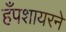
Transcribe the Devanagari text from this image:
हँपशायरने